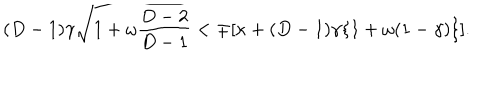
LaTeX: ( D - 1 ) \gamma \sqrt { 1 + \omega \frac { D - 2 } { D - 1 } } < \mp [ \kappa + ( D - 1 ) \gamma \{ 1 + \omega ( 1 - \gamma ) \} ] .